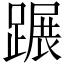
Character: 蹍